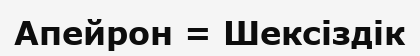
Апейрон = Шексіздік